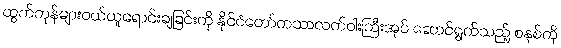
ထွက်ကုန်များဝယ်ယူရောင်းချခြင်းကို နိုင်ငံတော်ကသာလက်ဝါးကြီးအုပ် ဆောင်ရွက်သည့် စနစ်ကို